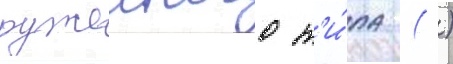
ружеиного т'и́па ( )